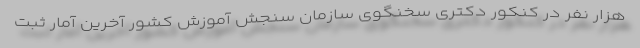
هزار نفر در کنکور دکتری سخنگوی سازمان سنجش آموزش کشور آخرین آمار ثبت